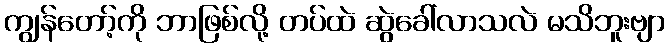
ကျွန်တော့်ကို ဘာဖြစ်လို့ တပ်ထဲ ဆွဲခေါ်လာသလဲ မသိဘူးဗျာ